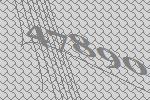
47890